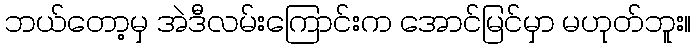
ဘယ်တော့မှ အဲဒီလမ်းကြောင်းက အောင်မြင်မှာ မဟုတ်ဘူး။